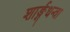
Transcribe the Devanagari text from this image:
शार्ङ्गधन्वा